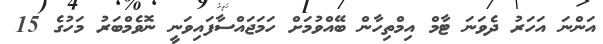
އަންނަ އަހަރު ދެވަނަ ޓާމް އިމްތިހާން ބޭއްވުމަށް ހަމަޖައްސާފައިވަނީ ނޮވެމްބަރު މަހުގެ 15